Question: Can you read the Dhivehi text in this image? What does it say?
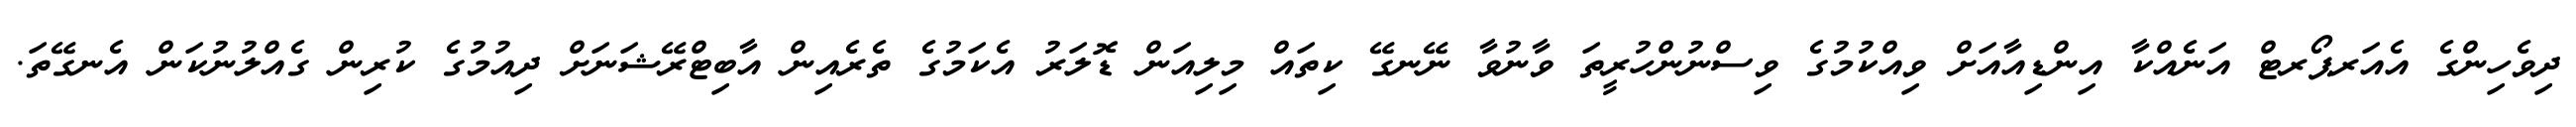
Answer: ދިވެހިންގެ އެއަރޕޯރޓް އަނެއްކާ އިންޑިއާއަށް ވިއްކުމުގެ ވިސްނުންހުރީތަ ވާނުވާ ނޭނގޭ ކިތައް މިލިއަން ޑޮލަރު އެކަމުގެ ތެރެއިން އާބިޓްރޭޝަނަށް ދިއުމުގެ ކުރިން ގެއްލުނުކަން އެނގޭތަ.